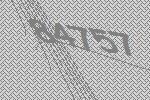
84757